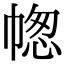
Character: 𢃭